Alma_Vaarman, lk 13
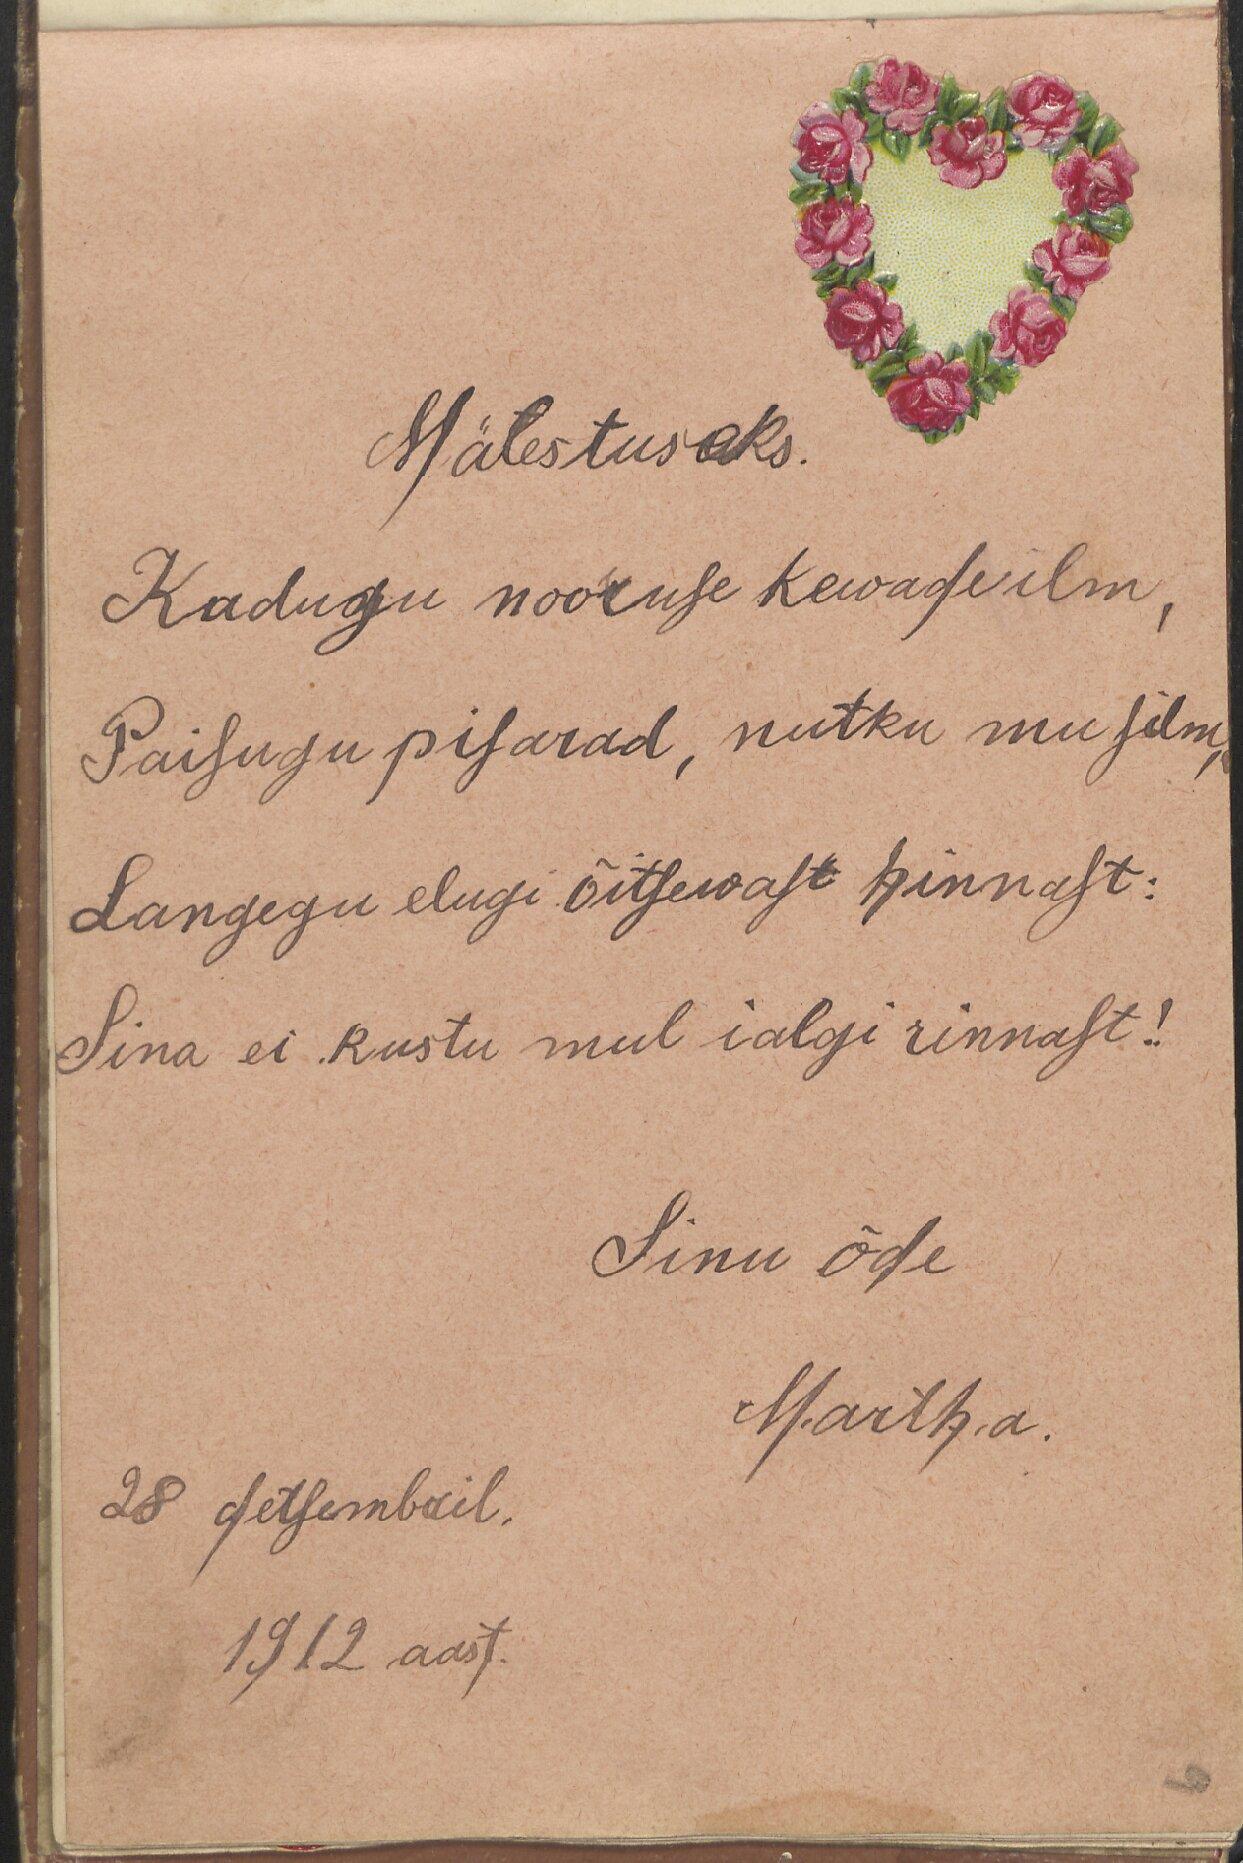
Mälestuseks.
Kadugu nooruse kewadeilm,
Paisugu pisarad, nutku mu silm,
Langegu elugi õitsewast hinnast:
Sina ei kustu mul ialgi rinnast!
Sinu õde
Martha.
28 detsembril.
1912 aast.